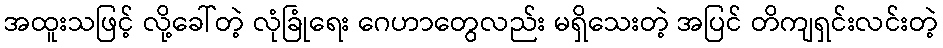
အထူးသဖြင့် လို့ခေါ်တဲ့ လုံခြုံရေး ဂေဟာတွေလည်း မရှိသေးတဲ့ အပြင် တိကျရှင်းလင်းတဲ့